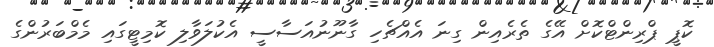
ކޮޕީ ޕްރިންޓްކޮށް އޭގެ ތެރެއިން ގިނަ އެއްޗެހި ގާނޫނުއަސާސީ އެކުލަވާލި ކޮމިޓީގައި މެމްބަރުންގެ